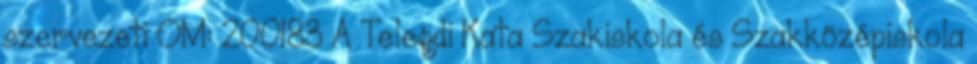
szervezeti OM: 200183 A Telegdi Kata Szakiskola és Szakközépiskola